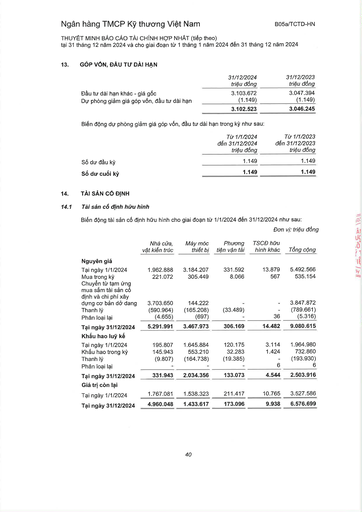
||31/12/2024 triệu đồng|31/12/2023 triệu đồng| |---|---|---| |Đầu tư dài hạn khác - giá gốc|3.103.672|3.047.394| |Dự phòng giảm giá góp vốn, đầu tư dài hạn|(1.149)|(1.149)| ||3.102.523|3.046.245| ||Từ 1/1/2024 đến 31/12/2024 triệu đồng|Từ 1/1/2023 đến 31/12/2023 triệu đồng| |---|---|---| |Số dư đầu kỳ|1.149|1.149| |Số dư cuối kỳ|1.149|1.149| ||Nhà cửa, vật kiến trúc|Máy móc thiết bị|Phương tiện vận tải|TSCĐ hữu hình khác|Tổng cộng| |---|---|---|---|---|---| |Nguyên giá|||||| |Tại ngày 1/1/2024|1.962.888|3.184.207|331.592|13.879|5.492.566| |Mua trong kỳ|221.072|305.449|8.066|567|535.154| |Chuyển từ tạm ứng mua sắm tài sản cố định và chi phí xây|||||| |dựng cơ bản dở dang|3.703.650|144.222|-|-|3.847.872| |Thanh lý|(590.964)|(165.208)|(33.489)|-|(789.661)| |Phân loại lại|(4.655)|(697)|-|36|(5.316)| |Tại ngày 31/12/2024|5.291.991|3.467.973|306.169|14.482|9.080.615| |Khấu hao lũy kế|||||| |Tại ngày 1/1/2024|195.807|1.645.884|120.175|3.114|1.964.980| |Khấu hao trong kỳ|145.943|553.210|32.283|1.424|732.860| |Thanh lý|(9.807)|(164.738)|(19.385)|-|(193.930)| |Phân loại lại|-|-|-|6|6| |Tại ngày 31/12/2024|331.943|2.034.356|133.073|4.544|2.503.916| |Giá trị còn lại|||||| |Tại ngày 1/1/2024|1.767.081|1.538.323|211.417|10.765|3.527.586| |Tại ngày 31/12/2024|4.960.048|1.433.617|173.096|9.938|6.576.699|